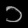
Digit: ၁